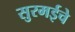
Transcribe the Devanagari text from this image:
सुरमईचे